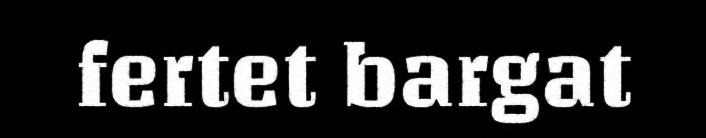
fertet bargat